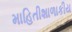
માહિતીશાળાકીય